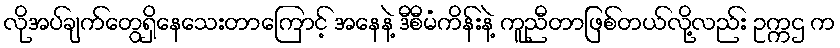
လိုအပ်ချက်တွေရှိနေသေးတာကြောင့် အနေနဲ့ ဒီစီမံကိန်းနဲ့ ကူညီတာဖြစ်တယ်လို့လည်း ဥက္ကဌ က